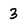
Character: 3